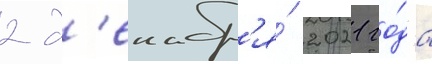
2 д'екабр'я́ 2021 го́да